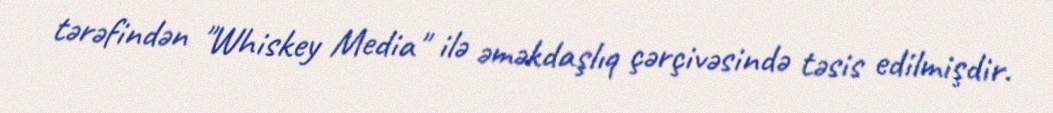
tərəfindən "Whiskey Media" ilə əməkdaşlıq çərçivəsində təsis edilmişdir.